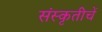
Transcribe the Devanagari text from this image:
संस्कृतीचें